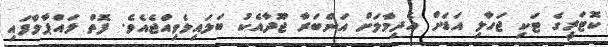
ކޮޓަރީގެ ޓަކި ޖަހާލި އަޑަށް އެދިމާލަށް އަންބަރާ ޖޫދާއެކު ބަލައިލެވިއްޖެއެވެ. ފޮތް ލައްޕާލާފައި